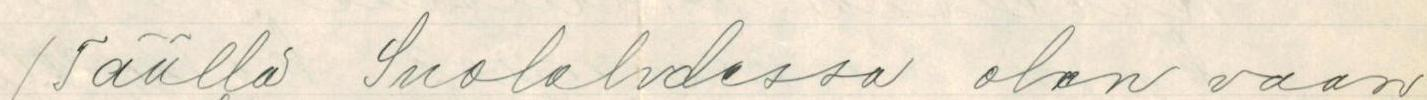
(Täällä Suolahdessa olen vaan